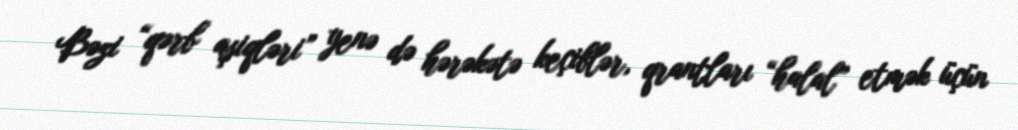
Bəzi “qərb aşiqləri” yenə də hərəkətə keçiblər, qrantları “halal” etmək üçün